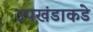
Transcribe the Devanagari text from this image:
उपखंडाकडे